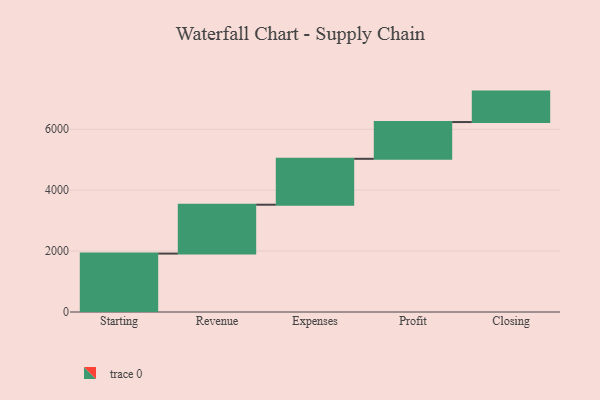
{"axis": {"x": "Step", "y": "Value"}, "legend": [""], "data": [{"x": "Starting", "y": 1918.0, "type": ""}, {"x": "Revenue", "y": 1605.0, "type": ""}, {"x": "Expenses", "y": 1507.0, "type": ""}, {"x": "Profit", "y": 1207.0, "type": ""}, {"x": "Closing", "y": 1000, "type": ""}]}